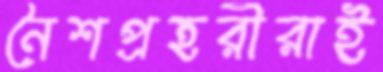
নৈশপ্রহরীরাই